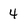
Character: 4